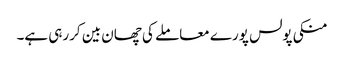
منکی پولس پورے معاملے کی چھان بین کررہی ہے۔